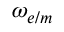
\omega _ { e / m }